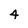
Character: 4